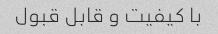
با کیفیت و قابل قبول